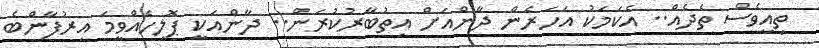
ތިއީވެސް ތެދެއް.. އެކަމަކު އަހަރެން ދާންއަށް އިތުބާރުކުރަން.. ދާންއަކީ ޕޮލިހެއްވީމަ އިރުފާންބެ